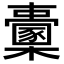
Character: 𣠔